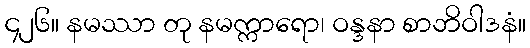
၄၂၆။ နမဿာ တု နမက္ကာရော၊ ဝန္ဒနာ စာဘိဝါဒနံ။